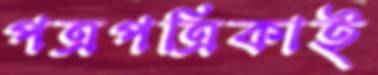
পত্রপত্রিকাই